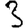
Digit: 3